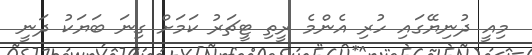
މިއީ ދުނިޔޭގައި ހުރި އެންމެ ރީތި ޓީޗަރު ކަމަށް ގިނަ ބަޔަކު ދަނީ